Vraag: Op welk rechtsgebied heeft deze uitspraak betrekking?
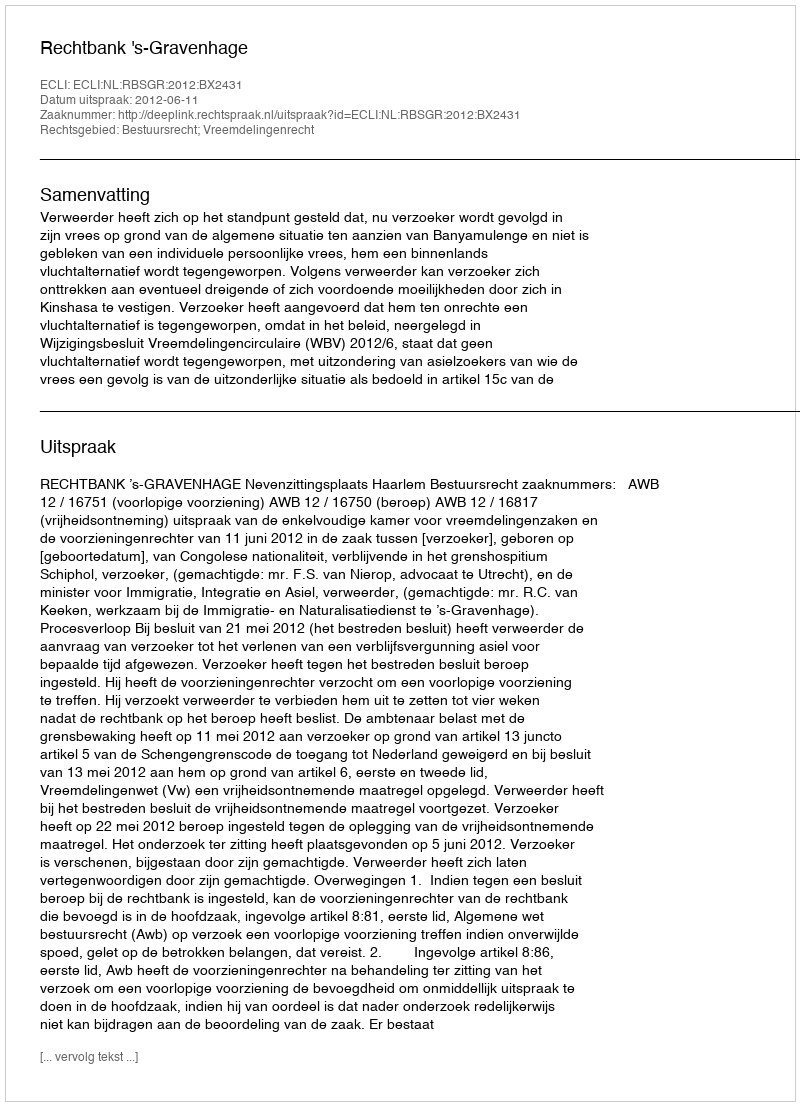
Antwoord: Bestuursrecht; Vreemdelingenrecht